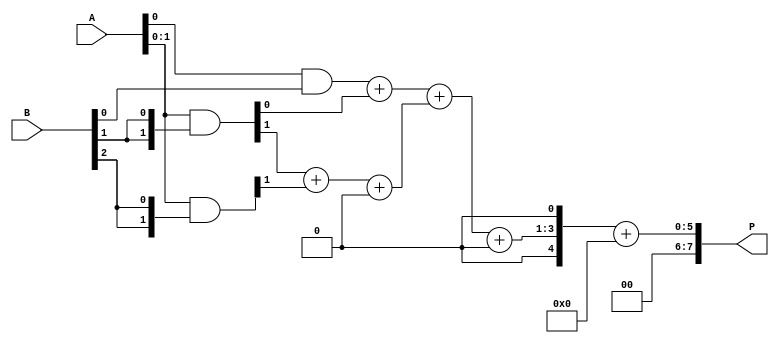
module WallaceTreeMultiplier #(parameter n = 4) (
    input [n-1:0] A,
    input [n-1:0] B,
    output reg [2*n-1:0] P
);

    // Partial product generation
    wire [n-1:0] pp [0:n-1]; // Partial products
    genvar i, j;
    generate
        for (i = 0; i < n; i = i + 1) begin : pp_gen
            assign pp[i] = A & {n{B[i]}}; // AND each bit of A with each bit of B
        end
    endgenerate

    // Wallace tree reduction
    wire [n-1:0] sum [0:n-1]; // Sums
    wire [n-1:0] carry [0:n-1]; // Carries

    // First layer of addition (using half adders and full adders)
    generate
        for (i = 0; i < n-1; i = i + 1) begin : layer1
            if (i == 0) begin
                // First row of partial products
                assign {carry[i], sum[i]} = pp[0][i] + pp[1][i]; // HA for first two pp
            end
            else begin
                assign {carry[i], sum[i]} = pp[i][i] + pp[i+1][i] + carry[i-1]; // FA
            end
        end
    endgenerate

    // Second layer of addition
    wire [n-1:0] sum2 [0:n-2]; // Second layer sums
    wire [n-1:0] carry2 [0:n-2]; // Second layer carries

    generate
        for (i = 0; i < n-2; i = i + 1) begin : layer2
            assign {carry2[i], sum2[i]} = sum[i][i] + sum[i+1][i] + carry[i]; // FA
        end
    endgenerate

    // Final addition
    wire [2*n-1:0] final_sum;
    wire [2*n-1:0] final_carry;

    assign final_sum = {sum2[0], 1'b0} + {carry2[0], 1'b0}; // Final addition of the last layer

    always @(*) begin
        P = final_sum; // Assign the final product
    end

endmodule